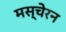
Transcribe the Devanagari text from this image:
मस्चेरन